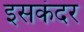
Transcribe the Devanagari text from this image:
इसकंदर